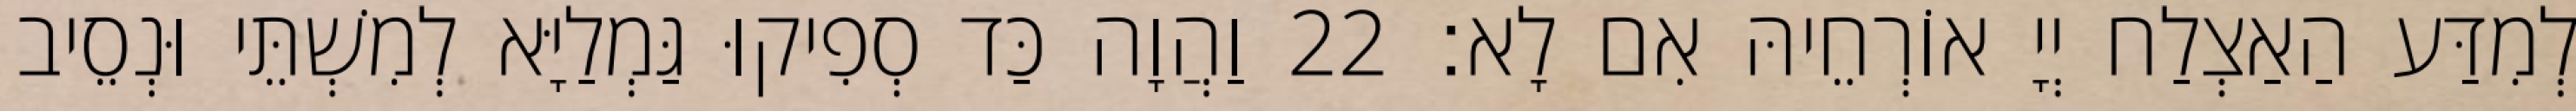
לְמִדַּע הַאַצְלַח יְיָ אוֹרְחֵיהּ אִם לָא׃ 22 וַהֲוָה כַּד סְפִיקוּ גַּמְלַיָּא לְמִשְׁתֵּי וּנְסֵיב